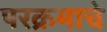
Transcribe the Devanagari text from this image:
परक्रमाचे